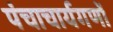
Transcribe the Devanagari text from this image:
पंचाचार्यगणों